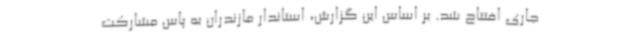
جاری افتتاح شد. بر اساس این گزارش، استاندار مازندران به پاس مشارکت